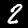
Digit: 2